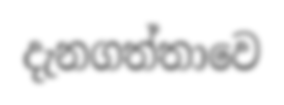
දැනගත්තාවෙ